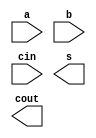
module Adder_opt(
    a,
    b,
    cin,
    s,
    cout
);
parameter width = 512;

input [width-1:0]a;
input [width-1:0]b;
input cin;

output [width-1:0]s;
output cout;

genvar i;
generate
    
endgenerate


endmodule